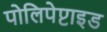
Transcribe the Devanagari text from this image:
पोलिपेप्टाइड